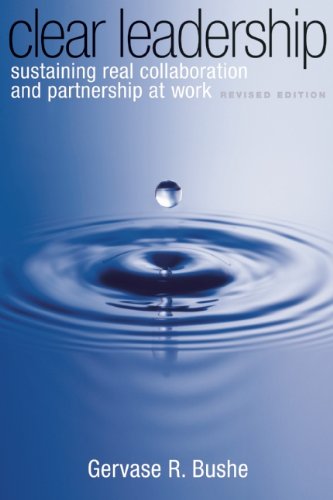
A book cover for Clear Leadership: Sustaining Real Collaboration and Partnership at Work; Gervase  R. Bushe; Business & Money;